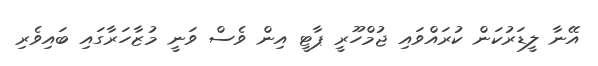
އޭނާ ލީޑަރުކަން ކުރައްވައި ޖުމްހޫރީ ޕާޓީ އިން ވެސް ވަނީ މުޒާހަރާގައި ބައިވެރި